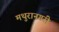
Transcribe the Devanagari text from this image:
मथुरानगरी